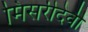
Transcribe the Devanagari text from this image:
मिसरीदेवी